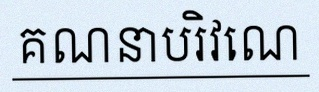
គណនាបរិវេណ